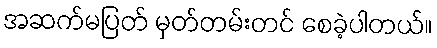
အဆက်မပြတ် မှတ်တမ်းတင် စေခဲ့ပါတယ်။